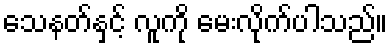
သေနတ်နှင့် လူကို မေးလိုက်ပါသည်။